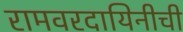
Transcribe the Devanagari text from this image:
रामवरदायिनीची